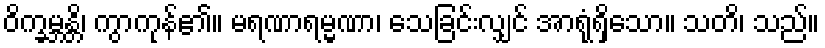
ဝိက္ခမ္ဘန္တိ၊ ကွာကုန်၏။ မရဏာရမ္မဏာ၊ သေခြင်းလျှင် အာရုံရှိသော။ သတိ၊ သည်။